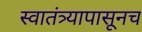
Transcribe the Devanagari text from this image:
स्वातंत्र्यापासूनच